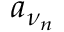
a _ { \nu _ { n } }